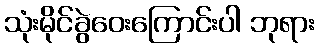
သုံးမိုင်ခွဲဝေးကြောင်းပါ ဘုရား